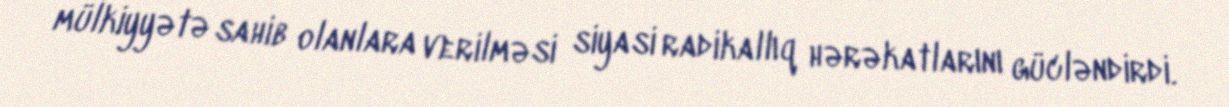
mülkiyyətə sahib olanlara verilməsi siyasi radikallıq hərəkatlarını gücləndirdi.